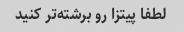
لطفا پیتزا رو برشته‌تر کنید